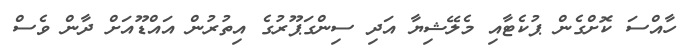
ހާއްސަ ކޮށްގެން ޕުކެޓާއި މެލޭޝިޔާ އަދި ސިންގަޕޫރުގެ އިތުރުން އައްޑޫއަށް ދާން ވެސް